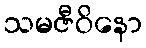
သမဇီဝိနော